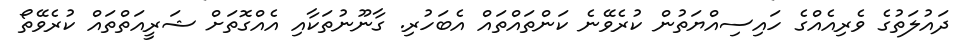
ދައުލަތުގެ ވެރިއެއްގެ ހައިސިއްޔަތުން ކުރެވޭނެ ކަންތައްތައް އެބަހުރި. ގާނޫނުތަކާއި އެއްގޮތަށް ޝަރީއަތްތައް ކުރެވޭތޯ